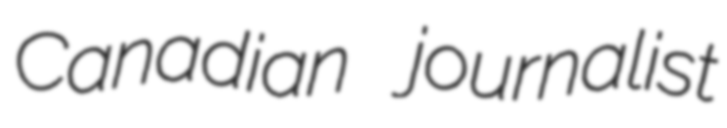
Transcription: Canadian journalist